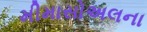
મીમાસોઅલના